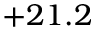
+ 2 1 . 2